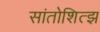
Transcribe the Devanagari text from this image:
सांतोशित्झ